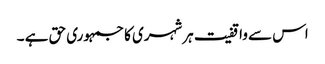
اس سے واقفیت ہرشہری کا جمہوری حق ہے ۔